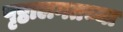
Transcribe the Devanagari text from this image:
पृष्ठालगतच्या